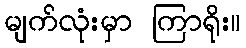
မျက်လုံးမှာ ကြာရိုး။